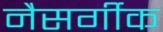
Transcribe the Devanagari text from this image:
नैसर्गीक